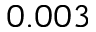
0 . 0 0 3